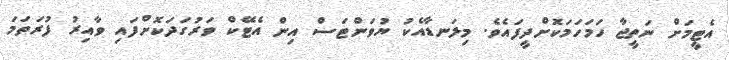
އެޓީމަށް ނަތީޖާ ހަމަހަމަކޮށްދީފައެވެ. މިލަނޑާއެކު ޔުވަންޓަސް އިން އެޓޭކް ވަރުގަދަކޮށްފައި ވާއިރު ފުރަތަމަ